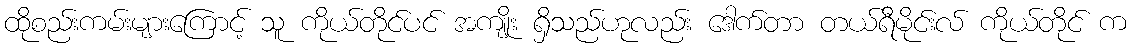
ထိုစည်းကမ်းများကြောင့် သူ ကိုယ်တိုင်ပင် အကျိုး ရှိသည်ဟုလည်း ဒေါက်တာ တယ်ရီမိုင်းလ် ကိုယ်တိုင် က